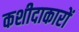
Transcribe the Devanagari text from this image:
कशीदाकारों